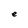
Character: e